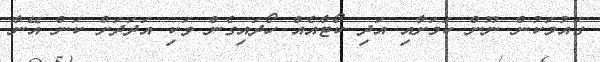
ގައުމަކުން ނޫން ކަމަށާއި އަދި ކޯޓާއެއް ހޯދައިގެން ވަކި އަދަދަށް ކަން އޭނާ